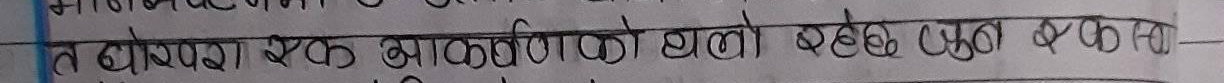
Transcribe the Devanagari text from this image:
त होस एक आकाळणी झालो छे एक फळ